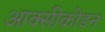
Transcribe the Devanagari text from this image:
आक्सीकोडन